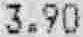
3.90